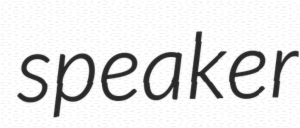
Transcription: speaker